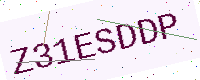
Text: Z31ESDDP